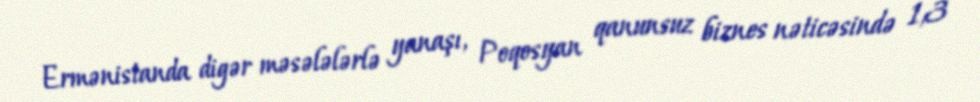
Ermənistanda digər məsələlərlə yanaşı, Poqosyan qanunsuz biznes nəticəsində 1,3